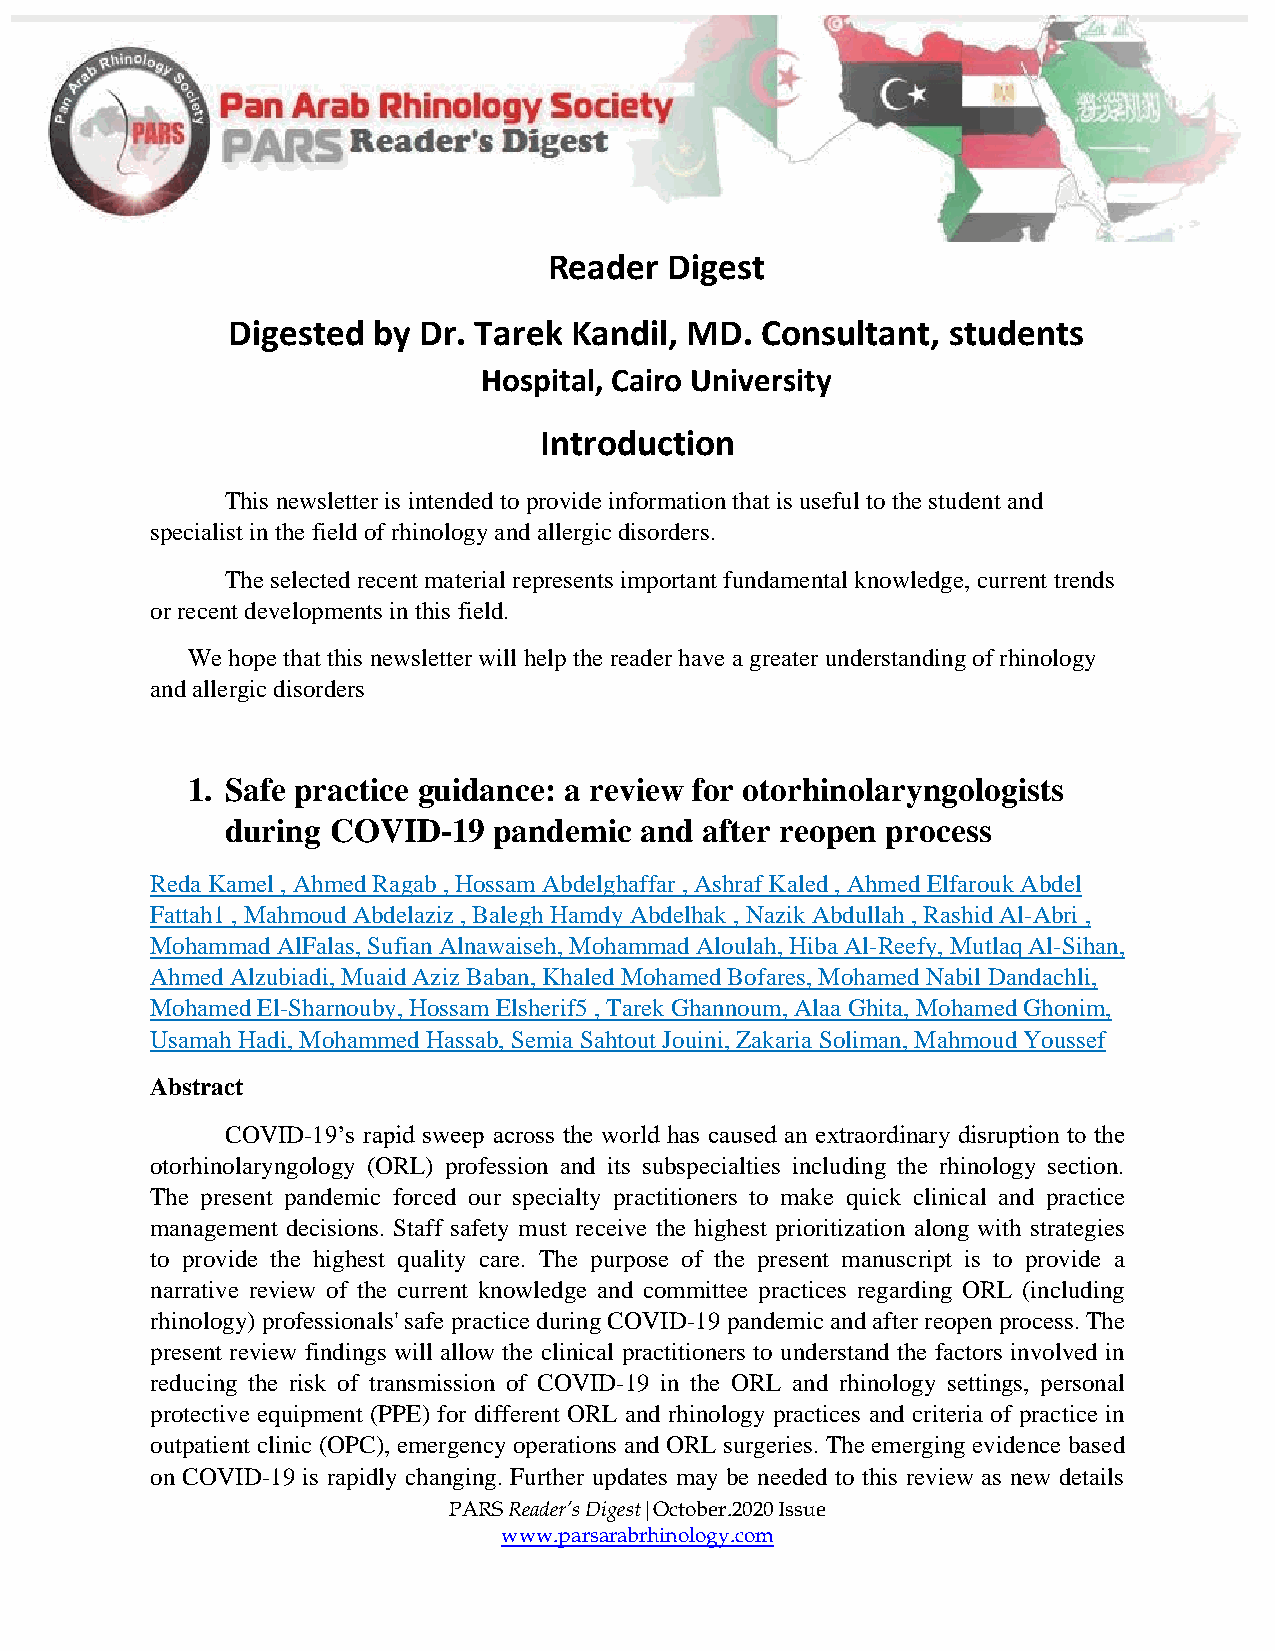
Reader  Digest
 Digested  by Dr. Tarek Kandil, MD. Consultant,  students
 Hospital, Cairo University
 Introduction
 This newsletter is intended to provide information that is useful to the student and
 specialist in the field of rhinology and allergic disorders.
 The selected recent material represents important fundamental knowledge, current trends
 or recent developments in this field.
 We hope that this newsletter will help the reader have a greater understanding of rhinology
 and allergic disorders
 1. Safe practice guidance: a review for otorhinolaryngologists
 during COVID-19   pandemic and  after reopen process
 Reda Kamel , Ahmed Ragab , Hossam Abdelghaffar , Ashraf Kaled , Ahmed Elfarouk Abdel
 Fattah1 , Mahmoud Abdelaziz , Balegh Hamdy Abdelhak , Nazik Abdullah , Rashid Al-Abri ,
 Mohammad AlFalas, Sufian Alnawaiseh, Mohammad Aloulah, Hiba Al-Reefy, Mutlaq Al-Sihan,
 Ahmed Alzubiadi, Muaid Aziz Baban, Khaled Mohamed Bofares, Mohamed Nabil Dandachli,
 Mohamed El-Sharnouby, Hossam Elsherif5 , Tarek Ghannoum, Alaa Ghita, Mohamed Ghonim,
 Usamah Hadi, Mohammed Hassab, Semia Sahtout Jouini, Zakaria Soliman, Mahmoud Youssef
 Abstract
 COVID-19’s rapid sweep across the world has caused an extraordinary disruption to the
 otorhinolaryngology (ORL) profession and its subspecialties including the rhinology section.
 The present pandemic forced our specialty practitioners to make quick clinical and practice
 management decisions. Staff safety must receive the highest prioritization along with strategies
 to provide the highest quality care. The purpose of the present manuscript is to provide a
 narrative review of the current knowledge and committee practices regarding ORL (including
 rhinology) professionals' safe practice during COVID-19 pandemic and after reopen process. The
 present review findings will allow the clinical practitioners to understand the factors involved in
 reducing the risk of transmission of COVID-19 in the ORL and rhinology settings, personal
 protective equipment (PPE) for different ORL and rhinology practices and criteria of practice in
 outpatient clinic (OPC), emergency operations and ORL surgeries. The emerging evidence based
 on COVID-19 is rapidly changing. Further updates may be needed to this review as new details
 PARS Reader’s Digest|October.2020 Issue
 www.parsarabrhinology.com